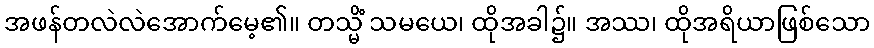
အဖန်တလဲလဲအောက်မေ့၏။ တသ္မိံ သမယေ၊ ထိုအခါ၌။ အဿ၊ ထိုအရိယာဖြစ်သော